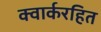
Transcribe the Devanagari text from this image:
क्वार्करहित